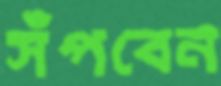
সঁপবেন